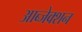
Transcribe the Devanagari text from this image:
आब्जेक्शन